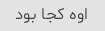
اوه کجا بود